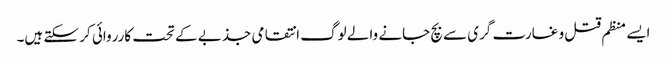
ایسے منظم قتل و غارت گری سے بچ جانے والے لوگ انتقامی جذبے کے تحت کارروائی کر سکتے ہیں۔